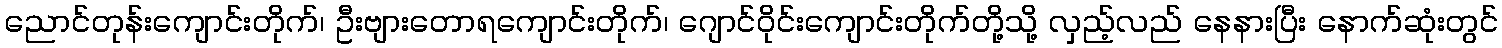
ညောင်တုန်းကျောင်းတိုက်၊ ဦးဗျားတောရကျောင်းတိုက်၊ ဂျောင်ဝိုင်းကျောင်းတိုက်တို့သို့ လှည့်လည် နေနားပြီး နောက်ဆုံးတွင်